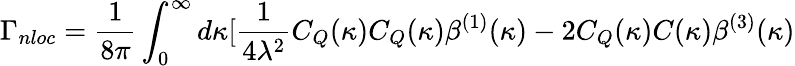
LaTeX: \Gamma_{nloc}=\frac{1}{8\pi}\int_{0}^{\infty}d\kappa[\frac{1}{4\lambda^{2}}C_{Q}(\kappa)C_{Q}(\kappa)\beta^{(1)}(\kappa)-2C_{Q}(\kappa)C(\kappa)\beta^{(3)}(\kappa)